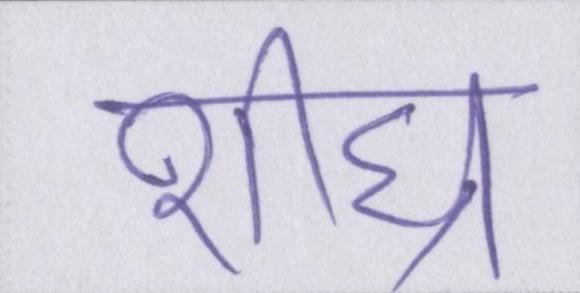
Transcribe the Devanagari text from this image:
शीघ्र